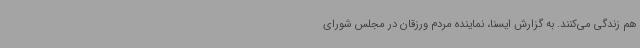
هم زندگی می‌کنند. به گزارش ایسنا، نماینده مردم ورزقان در مجلس شورای